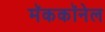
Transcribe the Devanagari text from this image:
मॅककॉनेल